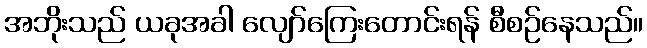
အဘိုးသည် ယခုအခါ လျော်ကြေးတောင်းရန် စီစဉ်နေသည်။